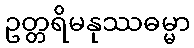
ဥတ္တရိမနုဿဓမ္မာ